Tezpur Lunatic Asylum reports 1877-1894 - 1877-1894
Year: 1877
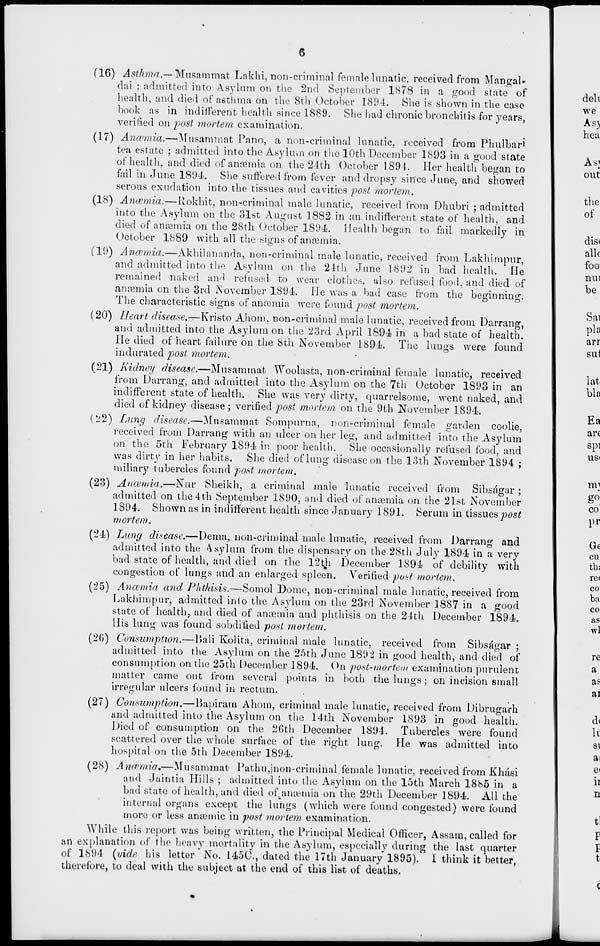
6
(16) Asthma.—Musammat Lakhi, non-criminal female lunatic, received from Mangal-
dai ; admitted into Asylum on the 2nd September 1878 in a good state of
health, and died of asthma on the 8th October 1894. She is shown in the case
book as in indifferent health since 1889. She had chronic bronchitis for years,
verified on post mortem examination.
(1.7) Anaemia.—Musammat Pano, a non-criminal lunatic, received from Phulbar 1
tea estate ; admitted into the Asylum on the 10th December 1893 in a good state
of health, and died of anosmia on the 24th October 1891. Her health began to
fail in June 1894. She suffered from fever and dropsy since June, and showed
serous exudation into the tissues and cavities post mortem.
(18) Ancvmia.—Ivokhit, non-criminal male lunatic, received from Dhubri ; admitted
into the Asylum on the 31st August 1882 in an indifferent state of health, and
died of anosmia on the 28th October 1894. Health began to fail markedly in
October 1889 with all the signs of anosmia.
(19) Anaemia.—Akhilananda, non-criminal male lunatic, received from Lakhimpur,
and admitted into the Asylum on the 24th June 1892 in bad health. He
remained naked and refused to wear clothes, also refused food, and died of
anosmia on the 3rd November 1894. He was a bad case from the beginning.
The characteristic signs of anosmia were found post mortem.
(20) Ueart disease.-r-\\v\sto Ahom, non-criminal male lunatic, received from Darrang,
and admitted into the Asylum on the 23rd April 1894 in a bad state of health.
He died of heart failure on the 8th November 1894. The lungs were found
indurated post mortem.
(21) Kidney disease.—Musammat Woolasta, non-criminal female lunatic, received
from Darrang, and admitted into the Asylum on the 7th October 1893 in an
indifferent state of health. She was very dirty, quarrelsome, went naked, and
died of kidney disease; verified post mortem on the 9th November 1894.
(L'2) Lung disease.—Musammat Sompurna, non-criminal female garden coolie,
received from Darrang with an ulcer on her leg, and admitted into the Asylum
on the 5th February 1894 in poor health. She occasionally refused food, and
was dirty in her habits. She died of lung disease on the 13th November 1894 ;
miliary tubercles found post mortem.
(23) Anawda.—Nur Sheikh, a criminal male lunatic received from Sibsagar;
admitted on the 4th September 1890, and died of anaemia on the 21st November
1894. Shown as in indifferent health since January 1891. Serum in tissues post
mortem.
(24) Lung disease.—Dema, non-criminal male lunatic, received from Darrang and
admitted into the Asylum from the dispensary on the 28th July 1894 in a very
bad state of health, and died on the 12tji December 1894 of debility with
congestion of lungs and an enlarged spleen. Verified post mortem.
(25) Anaemia and Phthisis.—Somol Dome, non-criminal male lunatic, received from
Lakhimpur, admitted info the Asylum on the 23rd November 1887 in a good
state of health, and died of anaemia and phthisis on the 24th December 1894.
His lung was found sobdified post mortem.
(26) Consumption.—Bali Kolita, criminal male lunatic, received from Sibsagar ;
admitted into the Asylum on the 26th June 1892 in good health, and died of
consumption on the 25th December 1894. On post-mortem examination purulent
matter came out from several points in both the lungs; on incision small
irregular ulcers found in rectum.
(27) Consumption.—Bapiram Ahom, criminal male lunatic, received from Dibrugarh
and admitted into the Asylum on the 14th November 1893 in good health.
Died of consumption on the 26th December 1894. Tubercles were found
scattered over the whole surface of the right lung. He was admitted into
hospital on the 5th December 1894.
(28) Anosmia % —Musammat Pathu,|non-criminal female lunatic, received from Khasi
and Jaintia Hills ; admitted into the Asylum on the 15th March 18b5 in a
bad state of health, and died ofjimumia on the 29th December 1894. All the
internal organs except the lungs (which were found congested) were found
more or less anasmic in post mortem examination.
While this report was being written, the Principal Medical Officer, Assam, called for
an explanation of the heavy mortality in the Asylum, especially during the last quarter
of 1894 (vide his letter ' No. 145C, dated the 17th January 1895). I think it better,
therefore, to deal with the subject at the end of this list of deaths.